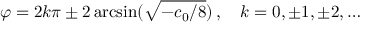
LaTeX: \varphi = 2 k \pi \pm 2 \arcsin ( \sqrt { - c _ { 0 } / 8 } ) \, , \quad k = 0 , \pm 1 , \pm 2 , \ldots